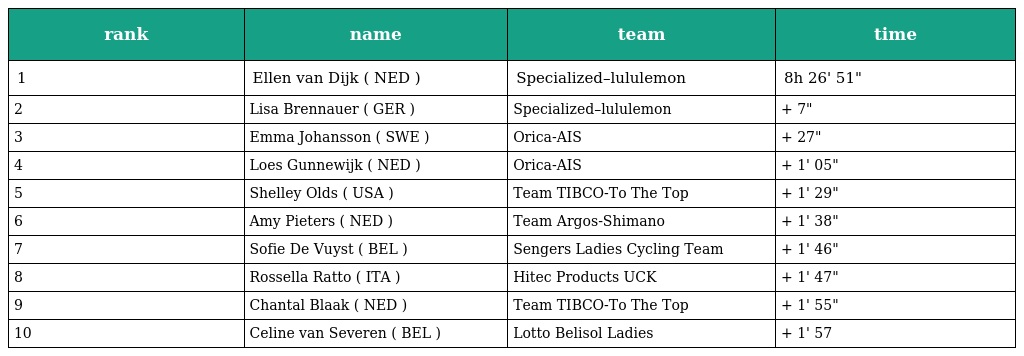
| rank | name | team | time |
 | --- | --- | --- | --- |
 | 1 | Ellen van Dijk ( NED ) | Specialized–lululemon | 8h 26' 51" |
 | 2 | Lisa Brennauer ( GER ) | Specialized–lululemon | + 7" |
 | 3 | Emma Johansson ( SWE ) | Orica-AIS | + 27" |
 | 4 | Loes Gunnewijk ( NED ) | Orica-AIS | + 1' 05" |
 | 5 | Shelley Olds ( USA ) | Team TIBCO-To The Top | + 1' 29" |
 | 6 | Amy Pieters ( NED ) | Team Argos-Shimano | + 1' 38" |
 | 7 | Sofie De Vuyst ( BEL ) | Sengers Ladies Cycling Team | + 1' 46" |
 | 8 | Rossella Ratto ( ITA ) | Hitec Products UCK | + 1' 47" |
 | 9 | Chantal Blaak ( NED ) | Team TIBCO-To The Top | + 1' 55" |
 | 10 | Celine van Severen ( BEL ) | Lotto Belisol Ladies | + 1' 57 |